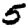
Digit: 5